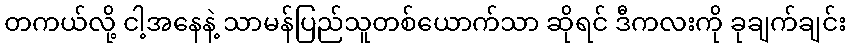
တကယ်လို့ ငါ့အနေနဲ့ သာမန်ပြည်သူတစ်ယောက်သာ ဆိုရင် ဒီကလးကို ခုချက်ချင်း